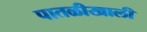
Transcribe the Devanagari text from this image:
पातळीखाली